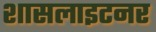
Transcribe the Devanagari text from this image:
शासलाइटनर